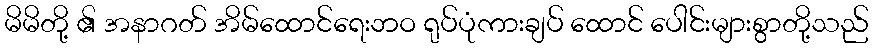
မိမိတို့ ၏ အနာဂတ် အိမ်ထောင်ရေးဘဝ ရုပ်ပုံကားချပ် ထောင် ပေါင်းများစွာတို့သည်